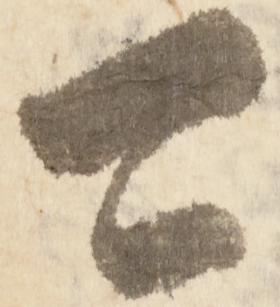
二